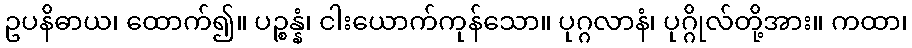
ဥပနိဓာယ၊ ထောက်၍။ ပဉ္စန္နံ၊ ငါးယောက်ကုန်သော။ ပုဂ္ဂလာနံ၊ ပုဂ္ဂိုလ်တို့အား။ ကထာ၊